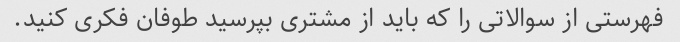
فهرستی از سوالاتی را که باید از مشتری بپرسید طوفان فکری کنید.